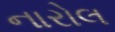
નારોલ